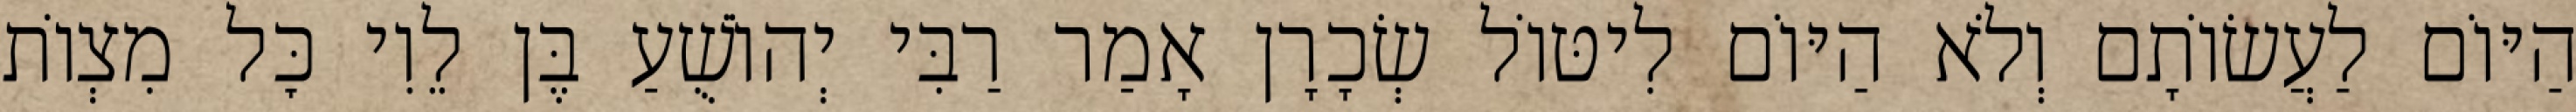
הַיּוֹם לַעֲשׂוֹתָם וְלֹא הַיּוֹם לִיטּוֹל שְׂכָרָן אָמַר רַבִּי יְהוֹשֻׁעַ בֶּן לֵוִי כׇּל מִצְוֹת